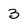
Character: 3